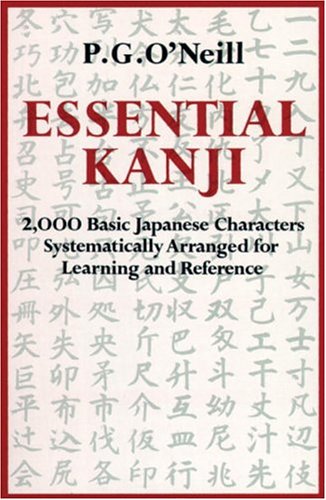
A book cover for Essential Kanji: 2,000 Basic Japanese Characters Systematically Arranged For Learning And Reference; P. G. O'Neill; Computers & Technology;